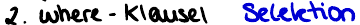
2. where - Klausel  Selektion